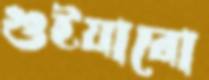
গুইয়ারো